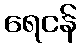
ရေငန်